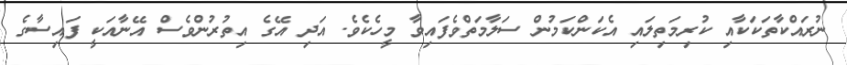
ނުރައްކާތަކަކާއި ކުރިމަތިލައި އެކަންކަމުން ސަލާމަތްވެފައިވާ މީހެކެވެ. އަދި އޭގެ އިތުރުންވެސް އޭނާއަކީ ފައިސާގެ